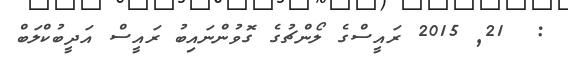
:  21